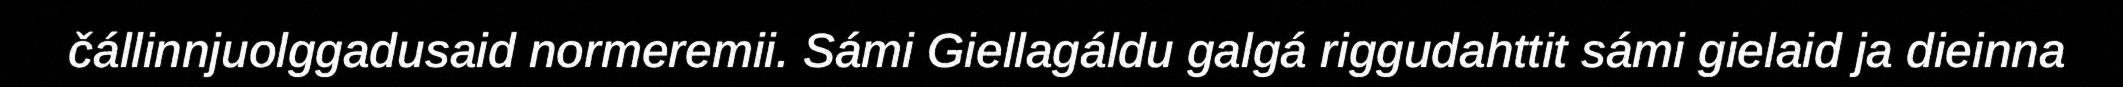
čállinnjuolggadusaid normeremii. Sámi Giellagáldu galgá riggudahttit sámi gielaid ja dieinna